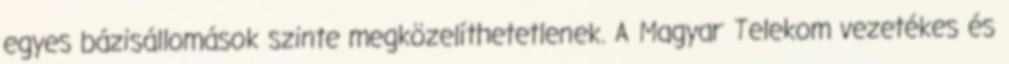
egyes bázisállomások szinte megközelíthetetlenek. A Magyar Telekom vezetékes és